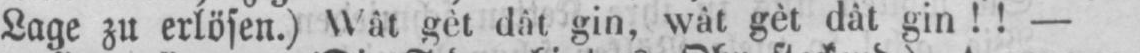
Lage zu erlösen.) Wât gèt dât gin, wât gèt dât gin!! -